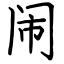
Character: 闹